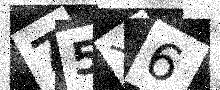
Text: 75Y6